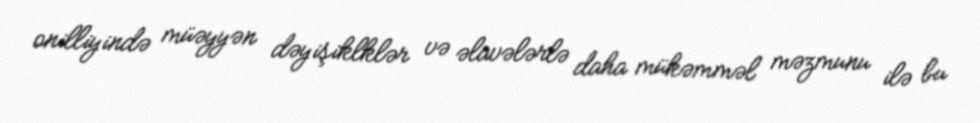
onilliyində müəyyən dəyişiklklər və əlavələrlə daha mükəmməl məzmunu ilə bu